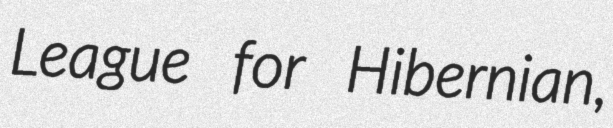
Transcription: League for Hibernian,